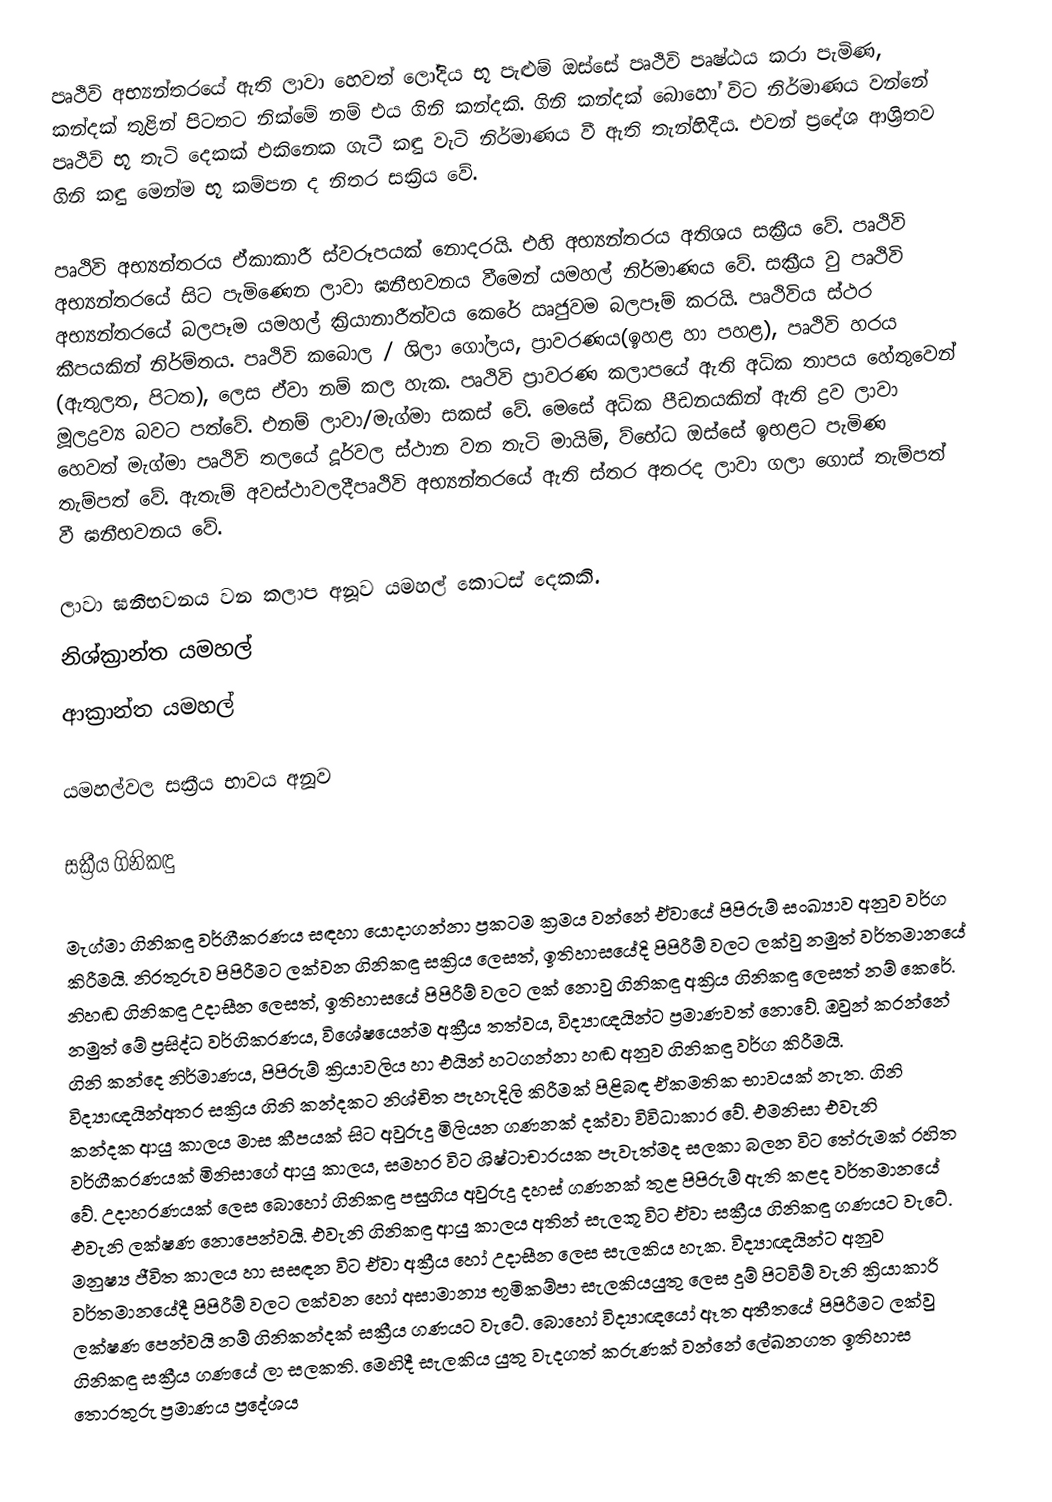
පෘථිවි අභ්‍යන්තරයේ ඇති ලාවා හෙවත් ලෝදිය භූ පැළුම් ඔස්සේ පෘථිවි පෘෂ්ඨය කරා පැමිණ, කන්දක් තුළින් පිටතට නික්මේ නම් එය ගිනි කන්දකි. ගිනි කන්දක් බොහෝ විට නිර්මාණය වන්නේ පෘථිවි භූ තැටි දෙකක් එකිනෙක ගැටී කඳු වැටි නිර්මාණය වී ඇති තැන්හිදීය. එවන් ප්‍රදේශ ආශ්‍රිතව ගිනි කඳු මෙන්ම භූ කම්පන ද නිතර සක්‍රිය වේ.

පෘථිවි අභ්‍යන්තරය ඒකාකාරී ස්වරූපයක් නොදරයි. එහි අභ්‍යන්තරය අතිශය සක්‍රීය වේ. පෘථිවි අභ්‍යන්තරයේ සිට පැමිණෙන ලාවා ඝනීභවනය වීමෙන් යමහල් නිර්මාණය වේ. සක්‍රීය වු පෘථිවි අභ්‍යන්තර‍යේ බලපෑම යමහල් ක්‍රියානාරීත්වය කෙරේ ඍජුවම බලපෑම් කරයි. පෘථිවිය ස්ථර කීපයකින් නිර්ම්තය. පෘථිවි කබොල / ශිලා ගෝලය, ප්‍රාවරණය(ඉහළ හා පහළ), පෘථිවි හරය (ඇතුලත, පිටත), ලෙස ඒවා නම් කල හැක. පෘථිවි ප්‍රාවරණ කලාපයේ ඇති අධික තාපය හේතුවෙන් මූලද්‍රව්‍ය බවට පත්වේ. එනම් ලාවා/මැග්මා සකස් වේ. මෙසේ අධික පීඩනයකින් ඇති ද්‍රව ලාවා හෙවත් මැග්මා පෘථිවි තලයේ දූර්වල ස්ථාන වන තැටි මායිම්, ව්භේධ ඔස්සේ ඉභළට පැමිණ තැම්පත් වේ. ඇතැම් අවස්ථාවලදීපෘථිවි අභ්‍යන්තරයේ ඇති ස්තර අතරද ලාවා ගලා ගොස් තැම්පත් වී ඝනීභවනය වේ.

ලාවා ඝනීභවනය වන කලාප අනූව යමහල් කොටස් දෙකකි.
නිශ්ක්‍රාන්ත යමහල්
ආක්‍රාන්ත යමහල්

යමහල්වල සක්‍රීය භාවය අනූව

සක්‍රීය ගිනිකඳු

මැග්මා ගිනිකඳු වර්ගීකරණය සඳහා යොදාගන්නා ප්‍රකටම ක්‍රමය වන්නේ ඒවායේ පිපිරුම් සංඛ්‍යාව අනුව වර්ග කිරීමයි. නිරතුරුව පිපිරීමට ලක්වන ගිනිකඳු සක්‍රිය ලෙසත්, ඉතිහාසයේදි පිපිරීම් වලට ලක්වු නමුත් වර්තමානයේ නිහඬ ගිනිකඳු උදාසීන ලෙසත්, ඉතිහාසයේ පිපිරීම් වලට ලක් නොවු ගිනිකඳු අක්‍රිය ගිනිකඳු ලෙසත් නම් කෙරේ. නමුත් මේ ප්‍රසිද්ධ වර්ගිකරණය, විශේෂයෙන්ම අක්‍රීය තත්වය, විද්‍යාඥයින්ට ප්‍රමාණවත් නොවේ. ඔවුන් කරන්නේ ගිනි කන්දෙ නිර්මාණය, පිපිරුම් ක්‍රියාවලිය හා එයින් හටගන්නා හඬ අනුව ගිනිකඳු වර්ග කිරීමයි. විද්‍යාඥයින්අතර සක්‍රිය ගිනි කන්දකට නිශ්චිත පැහැදිලි කිරීමක් පිළිබඳ ඒකමතික භාවයක් නැත. ගිනි කන්දක ආයු කාලය මාස කීපයක් සිට අවුරුදු මිලියන ගණනක් දක්වා විවිධාකාර වේ. එමනිසා එවැනි වර්ගීකරණයක් මිනිසාගේ ආයු කාලය, සමහර විට ශිෂ්ටාචාරයක පැවැත්මද සලකා බලන විට තේරුමක් රහිත වේ. උදාහරණයක් ලෙස‍ බොහෝ ගිනිකඳු පසුගිය අවුරුදු දහස් ගණනක් තුළ පිපිරුම් ඇති කළද වර්තමානයේ එවැනි ලක්ෂණ නොපෙන්වයි. එවැනි ගිනිකඳු ආයු කාලය අතින් සැලකූ විට ඒවා සක්‍රීය ගිනිකඳු ගණයට වැටේ. මනුෂ්‍ය ජීවිත කාලය හා සසඳන විට ඒවා අක්‍රීය හෝ උදාසීන ලෙස සැලකිය හැක. විද්‍යාඥයින්ට අනුව වර්තමානයේදී පිපිරීම් වලට ලක්වන හෝ අසාමාන්‍ය භූමිකම්පා සැලකියයුතු ලෙස දුම් පිටවිම් වැනි ක්‍රියාකාරි ලක්ෂණ පෙන්වයි නම් ගිනිකන්දක් සක්‍රීය ගණයට වැටේ. බොහෝ විද්‍යාඥයෝ ඈත අතීතයේ පිපිරීමට ලක්වු ගිනිකඳු සක්‍රීය ගණයේ ලා සලකති. මෙහිදී සැලකිය යුතු වැදගත් කරුණක් වන්නේ ලේඛනගත ඉතිහාස තොරතුරු ප්‍රමාණය ප්‍රදේශය